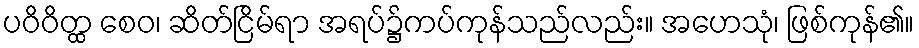
ပဝိဝိတ္ထ စေဝ၊ ဆိတ်ငြိမ်ရာ အရပ်၌ကပ်ကုန်သည်လည်း။ အဟေသုံ၊ ဖြစ်ကုန်၏။